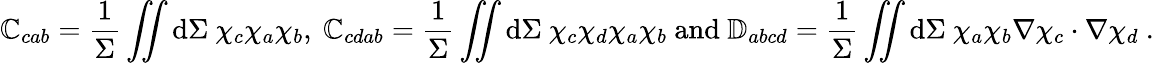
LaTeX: \mathbb{C}_{cab}=\frac{1}{\Sigma}\iint\mathrm{d}\Sigma~\chi_{c}\chi_{a}\chi_{b}\mathrm{,~}\mathbb{C}_{cdab}=\frac{1}{\Sigma}\iint\mathrm{d}\Sigma~\chi_{c}\chi_{d}\chi_{a}\chi_{b}\mathrm{~and~}\mathbb{D}_{abcd}=\frac{1}{\Sigma}\iint\mathrm{d}\Sigma~\chi_{a}\chi_{b}\nabla\chi_{c}\cdot\nabla\chi_{d}~.